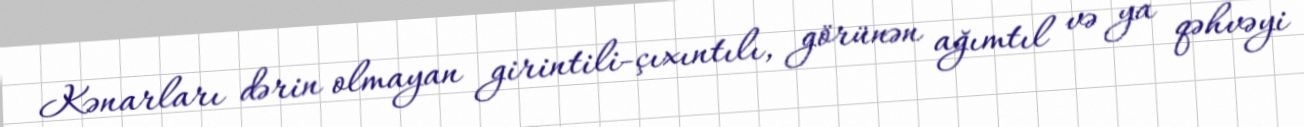
Kənarları dərin olmayan girintili-çıxıntılı, görünən ağımtıl və ya qəhvəyi